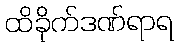
ထိခိုက်ဒဏ်ရာရ